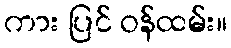
ကား ပြင် ဝန်ထမ်း။